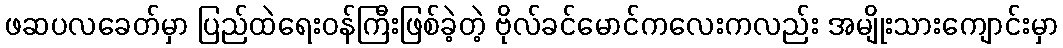
ဖဆပလခေတ်မှာ ပြည်ထဲရေးဝန်ကြီးဖြစ်ခဲ့တဲ့ ဗိုလ်ခင်မောင်ကလေးကလည်း အမျိုးသားကျောင်းမှာ